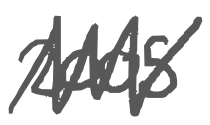
Text: 2005
Cross-out: zig-zag
Writing tool: digital_gray